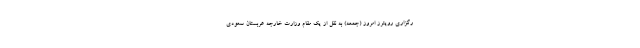
رگزاری رویترز امروز (جمعه) به نقل از یک مقام وزارت خارجه عربستان سعودی